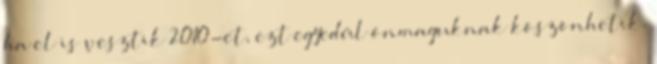
ha el is vesztik 2010-et, ezt egyedül önmaguknak köszönhetik.